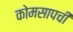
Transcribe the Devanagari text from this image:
कोमसापची